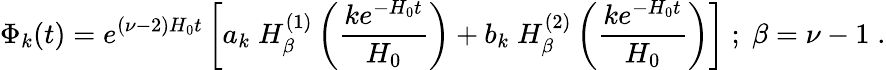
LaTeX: \Phi_{k}(t)=e^{(\nu-2)H_{0}t}\left[a_{k}\; H_{\beta}^{(1)}\left(\frac{ke^{-H_{0}t}}{H_{0}}\right)+b_{k}\; H_{\beta}^{(2)}\left(\frac{ke^{-H_{0}t}}{H_{0}}\right)\right]\; ;\; \beta=\nu-1\; .